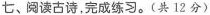
七、阅读古诗，完成练习。(共12分)